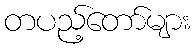
တပည့်တော်များ